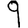
Digit: 9